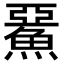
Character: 𩸖